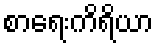
စာရေးကိရိယာ